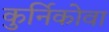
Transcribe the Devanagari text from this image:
कुर्निकोवा